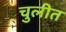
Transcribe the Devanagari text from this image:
चुलीत